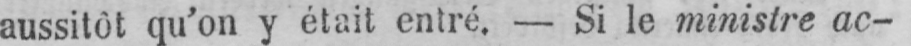
aussitôt qu’on y était entré. - Si le ministre ac-